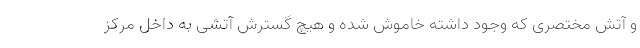
و آتش مختصری که وجود داشته خاموش شده و هیچ گسترش آتشی به داخل مرکز